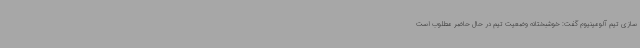
سازی تیم آلومینیوم گفت: خوشبختانه وضعیت تیم در حال حاضر مطلوب است